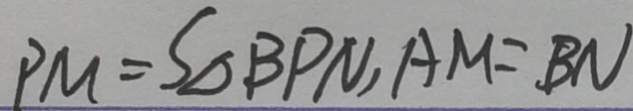
P M = S _ { \Delta } B P N , A M = B N